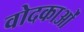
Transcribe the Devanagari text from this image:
वोदकाओं